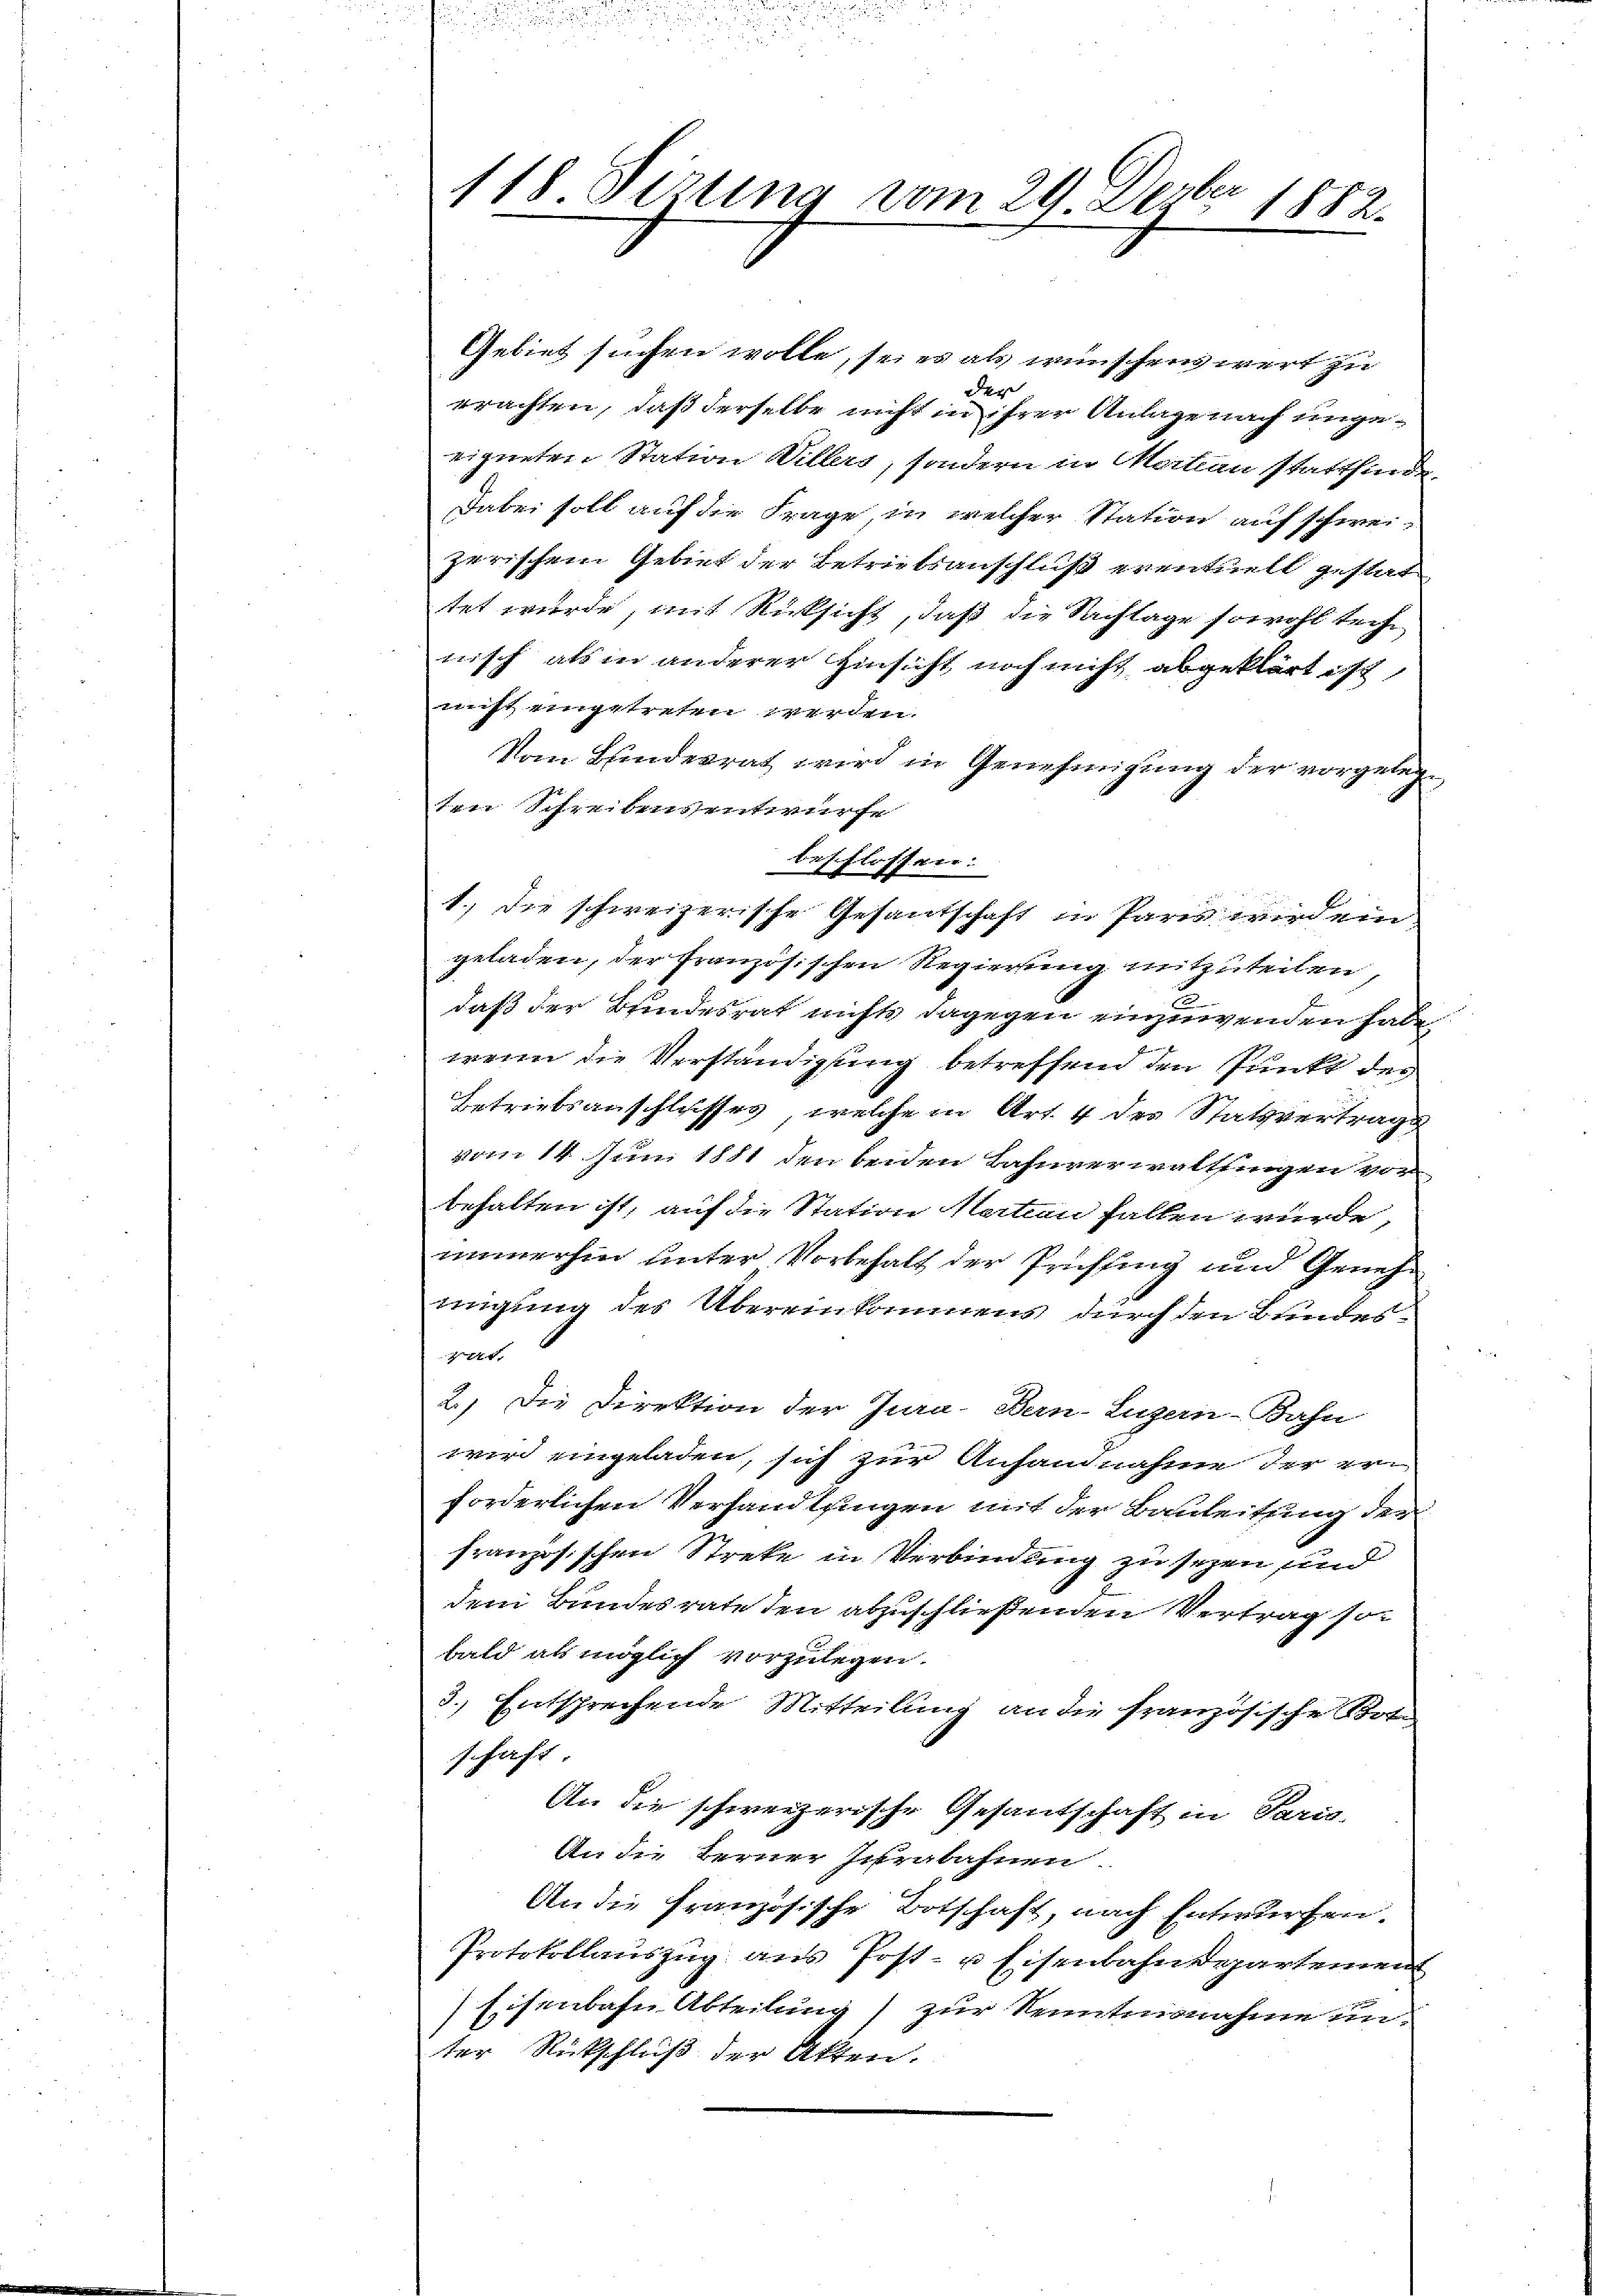
8
118. Firung vom 29. Dezbr. 1882.

Gebiet suchen wolle, sei es als wünschen wert zu
e
prachten, daß derselbe nicht in ihrer Anlage nach unge-
eigneten Station Willers, sondern in Martion stattfinde
Dabei soll auf die Frage, in welcher Station auf schwei-
zerischem Gebiet der Betrietsanschluß eventuell gestat
tet wurde, mit Rücksicht, daß die Sachlage sowohl teche,
nisch als in anderer Hinsicht noch nicht abgeklärt ist,
nicht eingetreten werden.
Vom Bunderrat wird in Genehmigung der vorgelege
ten Schreibensentwurfe
beschlossen:
1.) die schweizerische Gesantschaft in Paris wird ein
geladen, der französischen Regierung mitzuteilen
daß der Bundesrat nichts dagegen einzuwenden habe.
wenn die Verständigung betreffend den Punkt der
Betriebsanschlusses, welche in Art. 4 des Statsvertrags
vom 14. Juni 1881 den beiden Bahnverwalthingen vor
behalten ist, auf die Station Nation fallen würde,
immerhin unter Vorbehalt der Prüfung und Genehmigung des Übereinkommens durch den Bundes-
744.
2.) Die Direktion der Jura-Bern-Luzern-Bahn
wir eingeladen, sich zur Anhandnahme der er
forderlichen Verhandlungen mit der Bauleitung der
französischen Streke in Verbindung zu seyen und
dem Bundesrate den abzuschließenden Vertrag so-
bald als möglich vorzulegen.
3.) Entsprechende Mitteilung an die französische Bot
schaft.
An die schweizerische Gesantschaft in Paris-
An die Berner Jurabahnen.
An die französische Botschaft, nach Entwurfen.
Protokollauszug aus Post- u Eisenbahndepartemen
Eisenbahn Abteilung zur Kenntnisnahme un
ter Rückschluß der Akten.